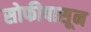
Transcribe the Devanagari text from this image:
सोफीपासून